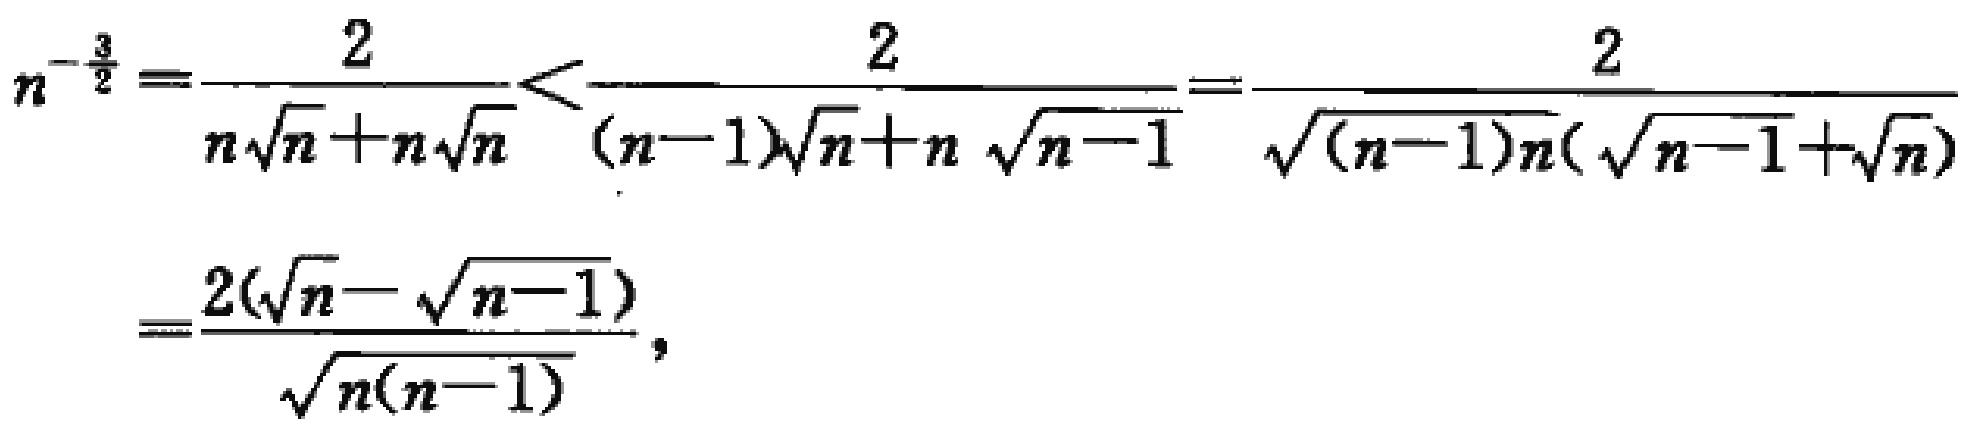
\[
n^{-\frac{3}{2}}=\frac{2}{n\sqrt{n}+n\sqrt{n}}<\frac{2}{(n - 1)\sqrt{n}+n\sqrt{n - 1}}=\frac{2}{\sqrt{(n - 1)n}(\sqrt{n - 1}+\sqrt{n})}=\frac{2(\sqrt{n}-\sqrt{n - 1})}{\sqrt{n(n - 1)}},
\]